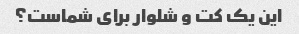
این یک کت و شلوار برای شماست؟